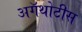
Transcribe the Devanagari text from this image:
अगॅथोटीस